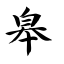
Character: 皋